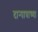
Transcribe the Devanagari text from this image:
दान्पात्राच्या